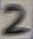
Text: 2